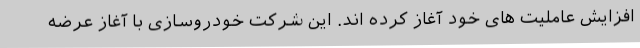
افزایش عاملیت های خود آغاز کرده اند. این شرکت خودروسازی با آغاز عرضه